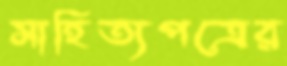
সাহিত্যপত্রের